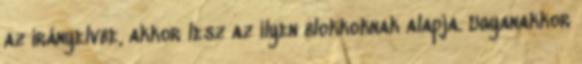
az irányelvbe, akkor lesz az ilyen blokkoknak alapja. Ugyanakkor